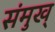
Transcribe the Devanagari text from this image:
संमुख्